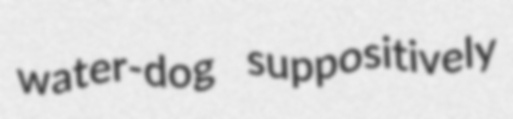
water-dog suppositively